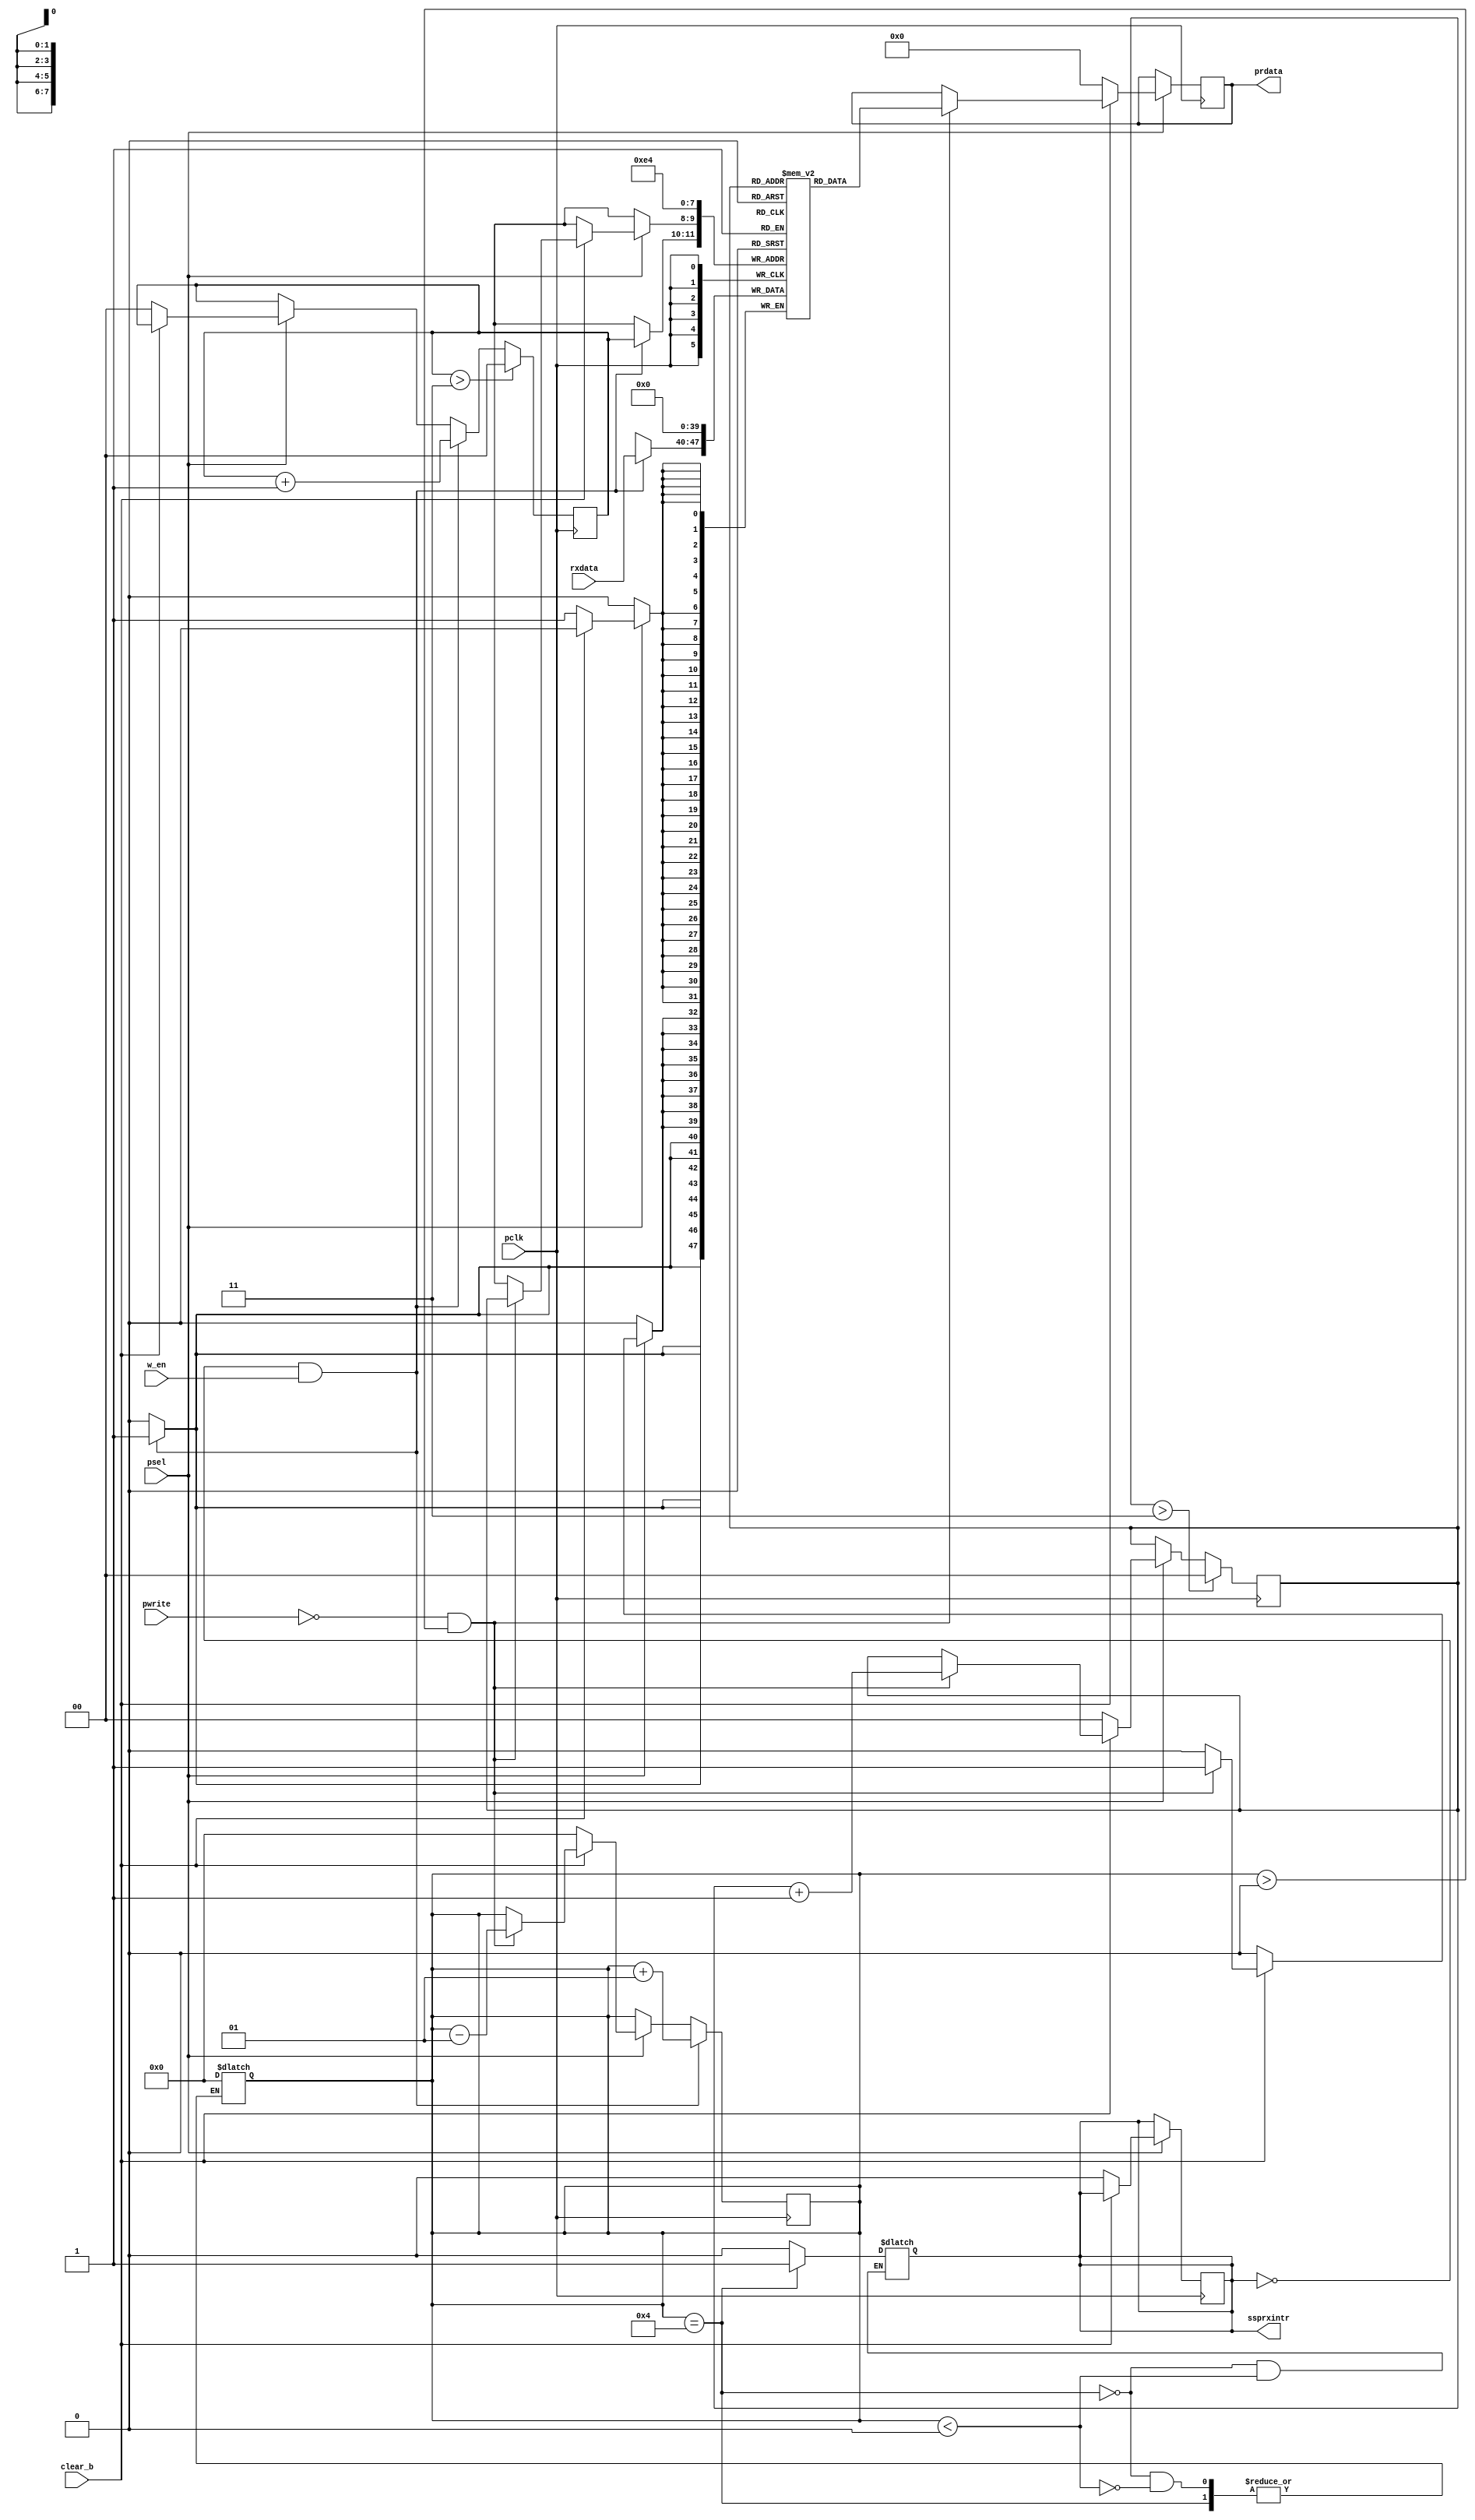
/*
 * 
 * Description: An RTL model of the receive first in first out memory buffer that is 8 bits wide and 4 locations deep
 *
 */

module RxFIFO(
	input pclk,				//Clock for synchronous serial port
	input clear_b,				//Low active clear signal
	input psel,				//Chip select signal
	input pwrite,				//Read signal when pwrite = 0
	input w_en,				//Write enable to the fifo
	input [7:0] rxdata,			//8 bit receive data input into the FIFO
	output reg ssprxintr,			//Interrupt signal if FIFO is full
	output reg [7:0] prdata			//8 bit receive data being read out
);

	reg [7:0] queue [3:0];			//FIFO memory
	reg [1:0] wptr;				//Write pointer
	reg [1:0] rptr;				//Read pointer
	integer count;				//Count that keeps track of number of words in the memory
	integer i;				//Integer for loops

	always @(posedge pclk) begin
	    	
		if (psel) begin						//When psel is active high activate the receive FIFO
			
    	    		if(!clear_b) begin				//Active low clear that initializes the memory
    	        		for(i = 0; i < 4; i = i + 1) begin
    	            			queue[i] <= 0;
    	        		end
    	        		count <= 0;
    	        		wptr <= 0;
    	        		rptr <= 0;
    	        		ssprxintr <= 0;
				prdata <= 0;
    	    		end 
    	    		else if (!pwrite && count > 0) begin				//Read from the FIFO memory
    	            		prdata <= queue[rptr];
				queue[rptr] <= 0;
				rptr <= rptr + 1;
				count <= count - 1;           
    	    		end
		end
 
		if (!ssprxintr && w_en) begin				//Write to the receive FIFO
			queue[wptr] <= rxdata;
    	            	wptr <= wptr + 1;
    	        	count <= count + 1;
		end

		if (wptr > 3) begin					//If wptr reaches the end, set to 0
    	    		wptr <= 0;
    		end
    	
    		if (rptr > 3) begin					//If rptr reaches the end, set to 0
    	    		rptr <= 0;
    		end   
	end

	always @(count) begin						//Updates count and sets interrupt signal
		if (count == 4) begin
			ssprxintr <= 1;
		end 
		else if (count < 0) begin
			count <= 0;
		end
		else begin
			ssprxintr <= 0;
		end
	end

endmodule